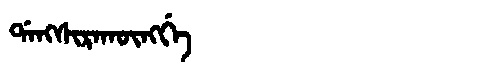
Manchu: ᡩᠠᠩᠰᡳᡵᠠᡴᡡᠩᡤᡝ
Romanization: DANGSIRAKŪNGGE